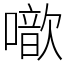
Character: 噷